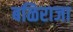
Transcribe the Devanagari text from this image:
बळिराजा